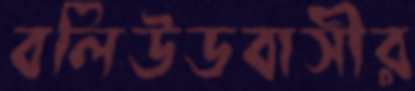
বলিউডবাসীর